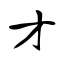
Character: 才